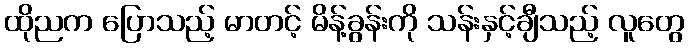
ထိုညက ပြောသည့် မာတင့် မိန့်ခွန်းကို သန်းနှင့်ချီသည့် လူတွေ